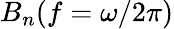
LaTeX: B_{n}(f=\omega/2\pi)